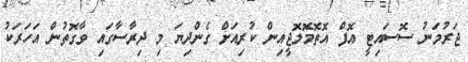
ޖަރުމަނު ސޮސައިޓީ އޮފް އޮތޮމޮލޮޖީއިން ކުރިއަށް ގެންދިޔަ މި ދިރާސާގައި ވާގޮތުން އަހަރަކު